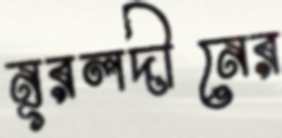
নূরলদীনের